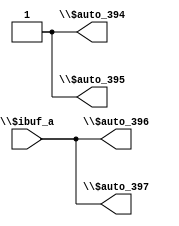
/* Generated by Yosys 0.38 (git sha1 6c475f1f1, gcc 11.2.1 -fPIC -Os) */

module fabric_test(\$auto_394 , \$auto_395 , \$auto_396 , \$auto_397 , \$ibuf_a );
  output \$auto_394 ;
  output \$auto_395 ;
  output \$auto_396 ;
  output \$auto_397 ;
  input \$ibuf_a ;
  wire \$auto_394 ;
  wire \$auto_395 ;
  wire \$auto_396 ;
  wire \$auto_397 ;
  (* src = "/nfs_scratch/scratch/CompilerValidation/zaheer_ahmad/os_fpga2/Validation/RTL_testcases/RTL_Benchmarks_Gap_Analysis/sudoku_check/test.v:3.16-3.17" *)
  (* src = "/nfs_scratch/scratch/CompilerValidation/zaheer_ahmad/os_fpga2/Validation/RTL_testcases/RTL_Benchmarks_Gap_Analysis/sudoku_check/test.v:3.16-3.17" *)
  wire \$ibuf_a ;
  assign \$auto_395  = 1'h1;
  assign \$auto_394  = 1'h1;
  assign \$auto_397  = \$ibuf_a ;
  assign \$auto_396  = \$ibuf_a ;
endmodule